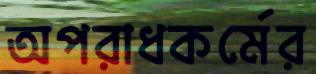
অপরাধকর্মের